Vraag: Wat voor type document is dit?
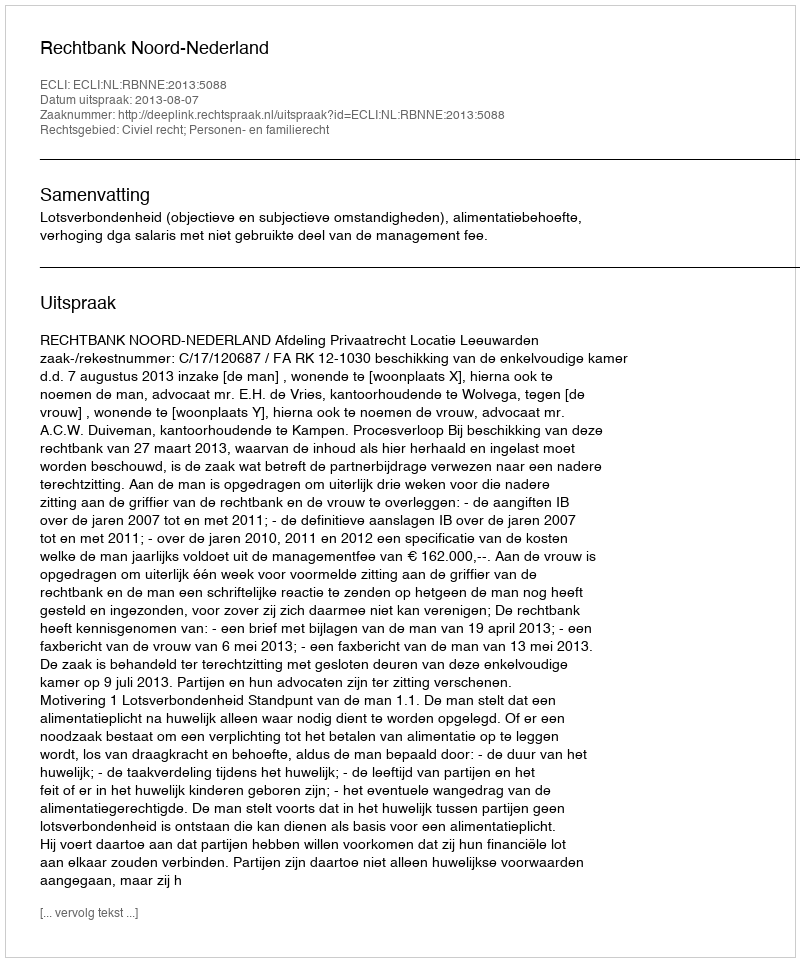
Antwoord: Uitspraak